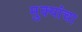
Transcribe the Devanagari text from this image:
मुक्यांचा